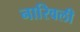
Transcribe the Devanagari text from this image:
नारिवली